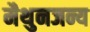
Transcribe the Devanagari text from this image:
मैथुनजन्य